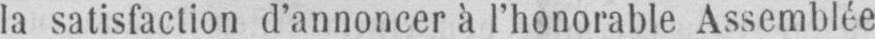
la satisfaction d’annoncer à l’honorable Assemblée